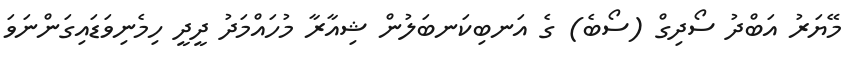
މޭޔަރު އަބްދު ސޯދިގް (ސޯބެ) ގެ އަނބިކަނބަލުން ޝިއާރާ މުހައްމަދު ދީދީ ހިމެނިވަޑައިގަންނަވަ